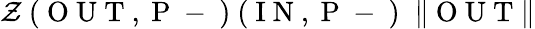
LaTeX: \mathcal{Z}\mathrm{~(~O~U~T~,~P~-~)~(~I~N~,~P~-~)~}\; \| \mathrm{~O~U~T~}\|